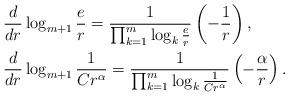
LaTeX: \begin{align*}&\frac{d}{dr} \log_{m+1} \frac{e}{r} = \frac{1}{\prod_{k=1} ^m \log_k \frac{e}{r} } \left ( -\frac{1}{r} \right ), \\&\frac{d}{dr} \log_{m+1} \frac{1}{Cr^\alpha} = \frac{1}{\prod_{k=1} ^m \log_k \frac{1}{Cr^\alpha} } \left ( -\frac{\alpha}{r} \right ).\end{align*}